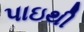
પાઇથી